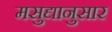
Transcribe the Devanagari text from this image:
मसुद्यानुसार